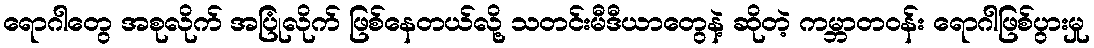
ရောဂါတွေ အစုလိုက် အပြုံလိုက် ဖြစ်နေတယ်လို့ သတင်းမီဒီယာတွေနဲ့ ဆိုတဲ့ ကမ္ဘာတဝန်း ရောဂါဖြစ်ပွားမှု